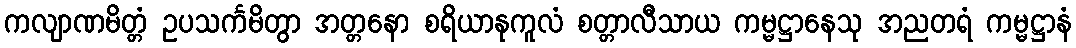
ကလျာဏမိတ္တံ ဥပသင်္ကမိတွာ အတ္တနော စရိယာနုကူလံ စတ္တာလီသာယ ကမ္မဋ္ဌာနေသု အညတရံ ကမ္မဋ္ဌာနံ